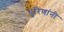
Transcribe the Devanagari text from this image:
धुरिणांनी